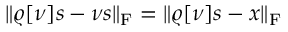
\| \varrho [ \nu ] s - \nu s \| _ { \mathrm { F } } = \| \varrho [ \nu ] s - x \| _ { \mathrm { F } }